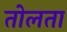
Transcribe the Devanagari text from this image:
तोलता